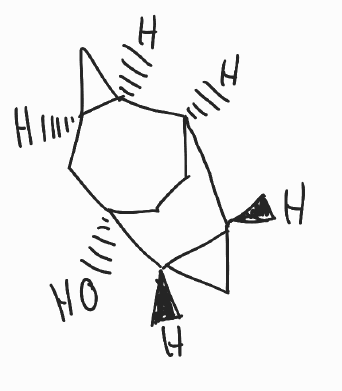
Simplified molecular-input line-entry system (SMILES) notation of the given molecule:
C1C[C@@]2(C[C@H]3C[C@H]3[C@H]1[C@H]4[C@@H]2C4)O